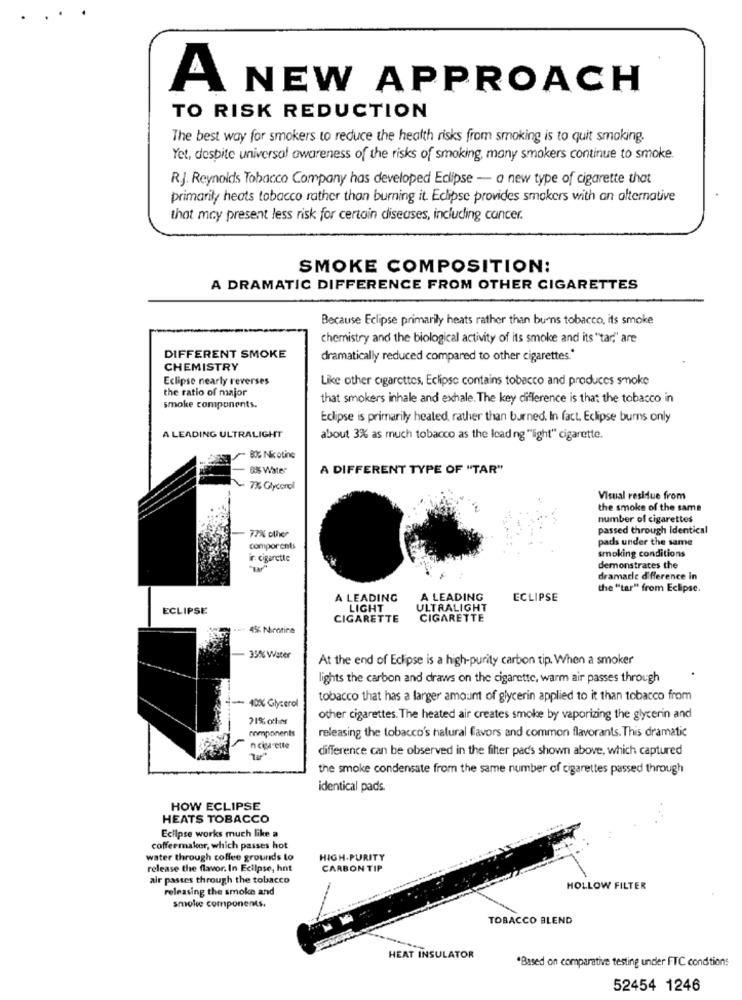
A
NEW APPROACH
TO RISK REDUCTION
The best way for smokers to reduce the health risks from smoking is to quit smoking.
Yet, despite universal awareness of the risks of smoking, many smokers continue to smoke.
RJ. Reynolds Tobacco Company has developed Eclipse - a new type of cigarette that
primarily heats tobacco rather than burning it. Eclipse provides smokers with an alternative
that may present less risk for certain diseases, including cancer.
SMOKE COMPOSITION:
A DRAMATIC DIFFERENCE FROM OTHER CIGARETTES
Because Eclipse primarily heats rather than burns tobacco, its smoke
chemistry and the biological activity of its smoke and its "tar," are
DIFFERENT SMOKE
dramatically reduced compared to other cigarettes.'
CHEMISTRY
Eclipse nearly reverses
Like other cigarettes, Eclipse contains tobacco and produces smoke
the ratio of major
that smokers inhale and exhale. The key difference is that the tobacco in
smoke components.
Eclipse is primarily heated, rather than burned. In fact. Eclipse burns only
A LEADING ULTRALIGHT
about 3% as much tobacco as the lead ng "light" cigarette.
8% Nicotine
33% Water
A DIFFERENT TYPE OF "TAR"
7% Glycerol
Visual residue from
the smoke of the same
number of cigarettes
passed through Identical
77% other
pads under the same
comporents
smoking conditions
ir cigarette
demonstrates the
dramatle difference in
the "tar" from Eclipse.
A LEADING
A LEADING
ECLIPSE
ECLIPSE
LIGHT
ULTRALIGHT
CIGARETTE
CIGARETTE
.. 45 Nicotine
35% Water
At the end of Eclipse is a high-purity carbon tip. When a smoker
lights the carbon and draws on the cigarette, warm air passes through
tobacco that has a larger amount of glycerin applied to it than tobacco from
40% Glycerol
21% coches
other cigarettes. The heated air creates smoke by vaporizing the glycerin and
components
releasing the tobacco's natural favors and common flavorants. This dramatic
n cigarette
difference can be observed in the filter pads shown above, which captured
the smoke condensate from the same number of cigarettes passed through
identical pads.
HOW ECLIPSE
HEATS TOBACCO
Eclipse works much like a
coffeemaker, which passes hot
water through coffee grounds to
HIGH-PURITY
release the flavor. In Eclipse, hot
CARBON TIP
air passes through the tobacco
releasing the smoke and
HOLLOW FILTER
smoke components.
TOBACCO BLEND
HEAT INSULATOR
"Based on comparative testing under FTC condtions
52454 1246